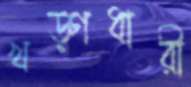
খড়্‌গধারী